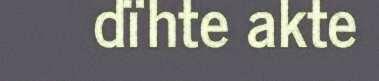
dïhte akte